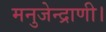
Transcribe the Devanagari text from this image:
मनुजेन्द्राणी।